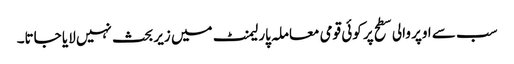
سب سے اوپر والی سطح پر کوئی قومی معاملہ پارلیمنٹ میں زیر بحث نہیں لایا جاتا۔